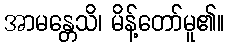
အာမန္တေသိ၊ မိန့်တော်မူ၏။